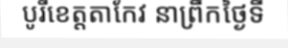
បូរីខេត្តតាកែវ នាព្រឹកថ្ងៃទី